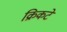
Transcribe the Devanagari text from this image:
क्रिकटे